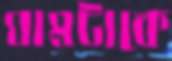
ঘামটাকে